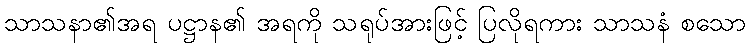
သာသနာ၏အရ ပဋ္ဌာန၏ အရကို သရုပ်အားဖြင့် ပြလိုရကား သာသနံ စသော